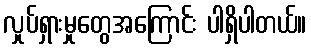
လှုပ်ရှားမှုတွေအကြောင်း ပါရှိပါတယ်။